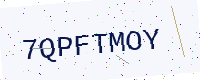
Text: 7QPFTMOY